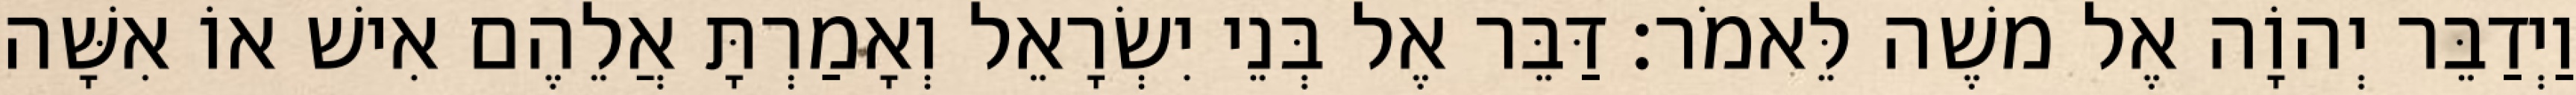
וַיְדַבֵּר יְהוָֹה אֶל משֶׁה לֵּאמֹר׃ דַּבֵּר אֶל בְּנֵי יִשְׂרָאֵל וְאָמַרְתָּ אֲלֵהֶם אִישׁ אוֹ אִשָּׁה